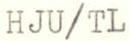
HJU/TL